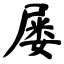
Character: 屡